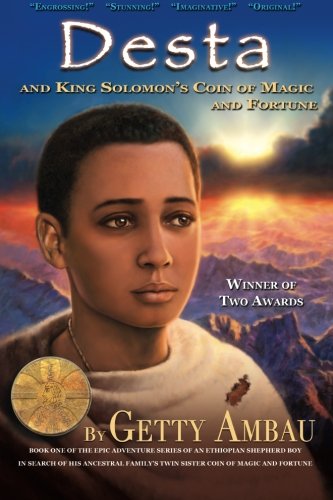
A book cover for Desta and King Solomon's Coin of Magic and Fortune - Vol 1; Getty T. Ambau; Travel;